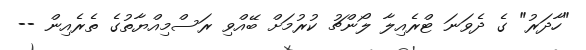
"ހާދަރު" ގެ ދެވަނަ ޓްރެއިލާ ލޯންޗު ކުރުމަށް ބޭއްވި ރަސްމިއްޔާތުގެ ތެރެއިން --